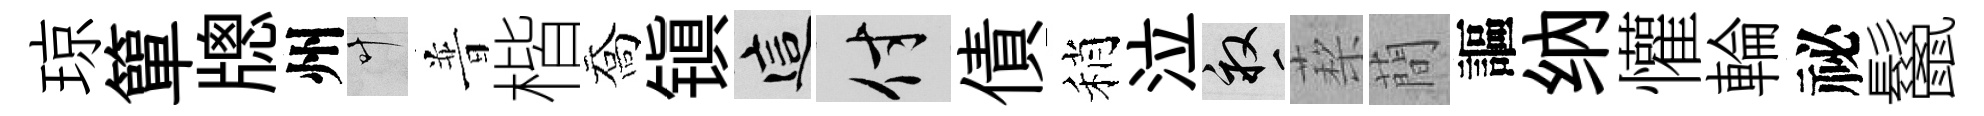
琼簞牕州叶普楷喬镇這付債稍泣畝蔾蕳謳纳懽輪祕鬣